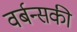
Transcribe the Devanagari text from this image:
वर्बन्सकी